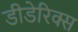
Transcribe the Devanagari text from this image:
डीडेरिक्स